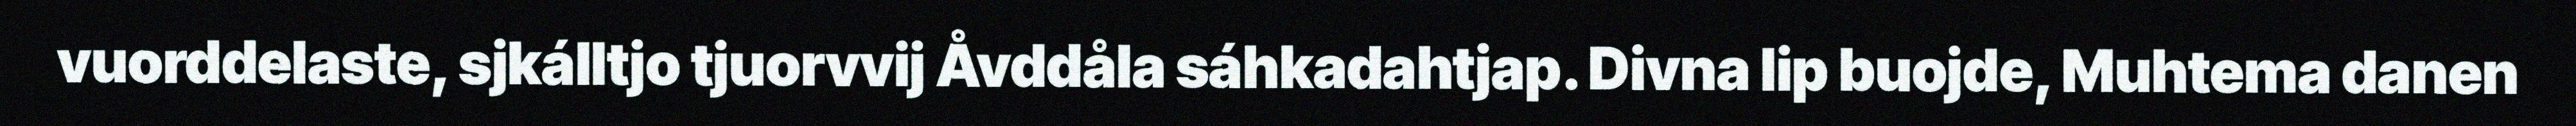
vuorddelaste, sjkálltjo tjuorvvij Åvddåla sáhkadahtjap. Divna lip buojde, Muhtema danen